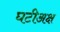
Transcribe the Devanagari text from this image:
घटीअक्ष